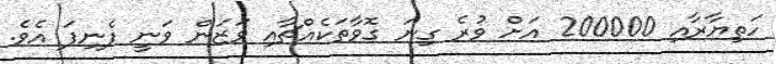
ހަތިޔާރާއި 200000 އަށް ވުރެ ގިނަ ގޮވާތަކެއްޗާއި ވަޒަން ވަނީ ފެނިފަ އެވެ.